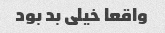
واقعا خیلی بد بود